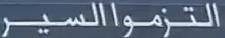
التزمواالسير